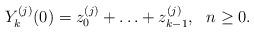
LaTeX: \begin{align*}Y^{(j)}_k(0) = z^{(j)}_0 + \ldots + z^{(j)}_{k-1},\ \ n \ge 0.\end{align*}